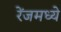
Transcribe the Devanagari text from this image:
रेंजमध्ये